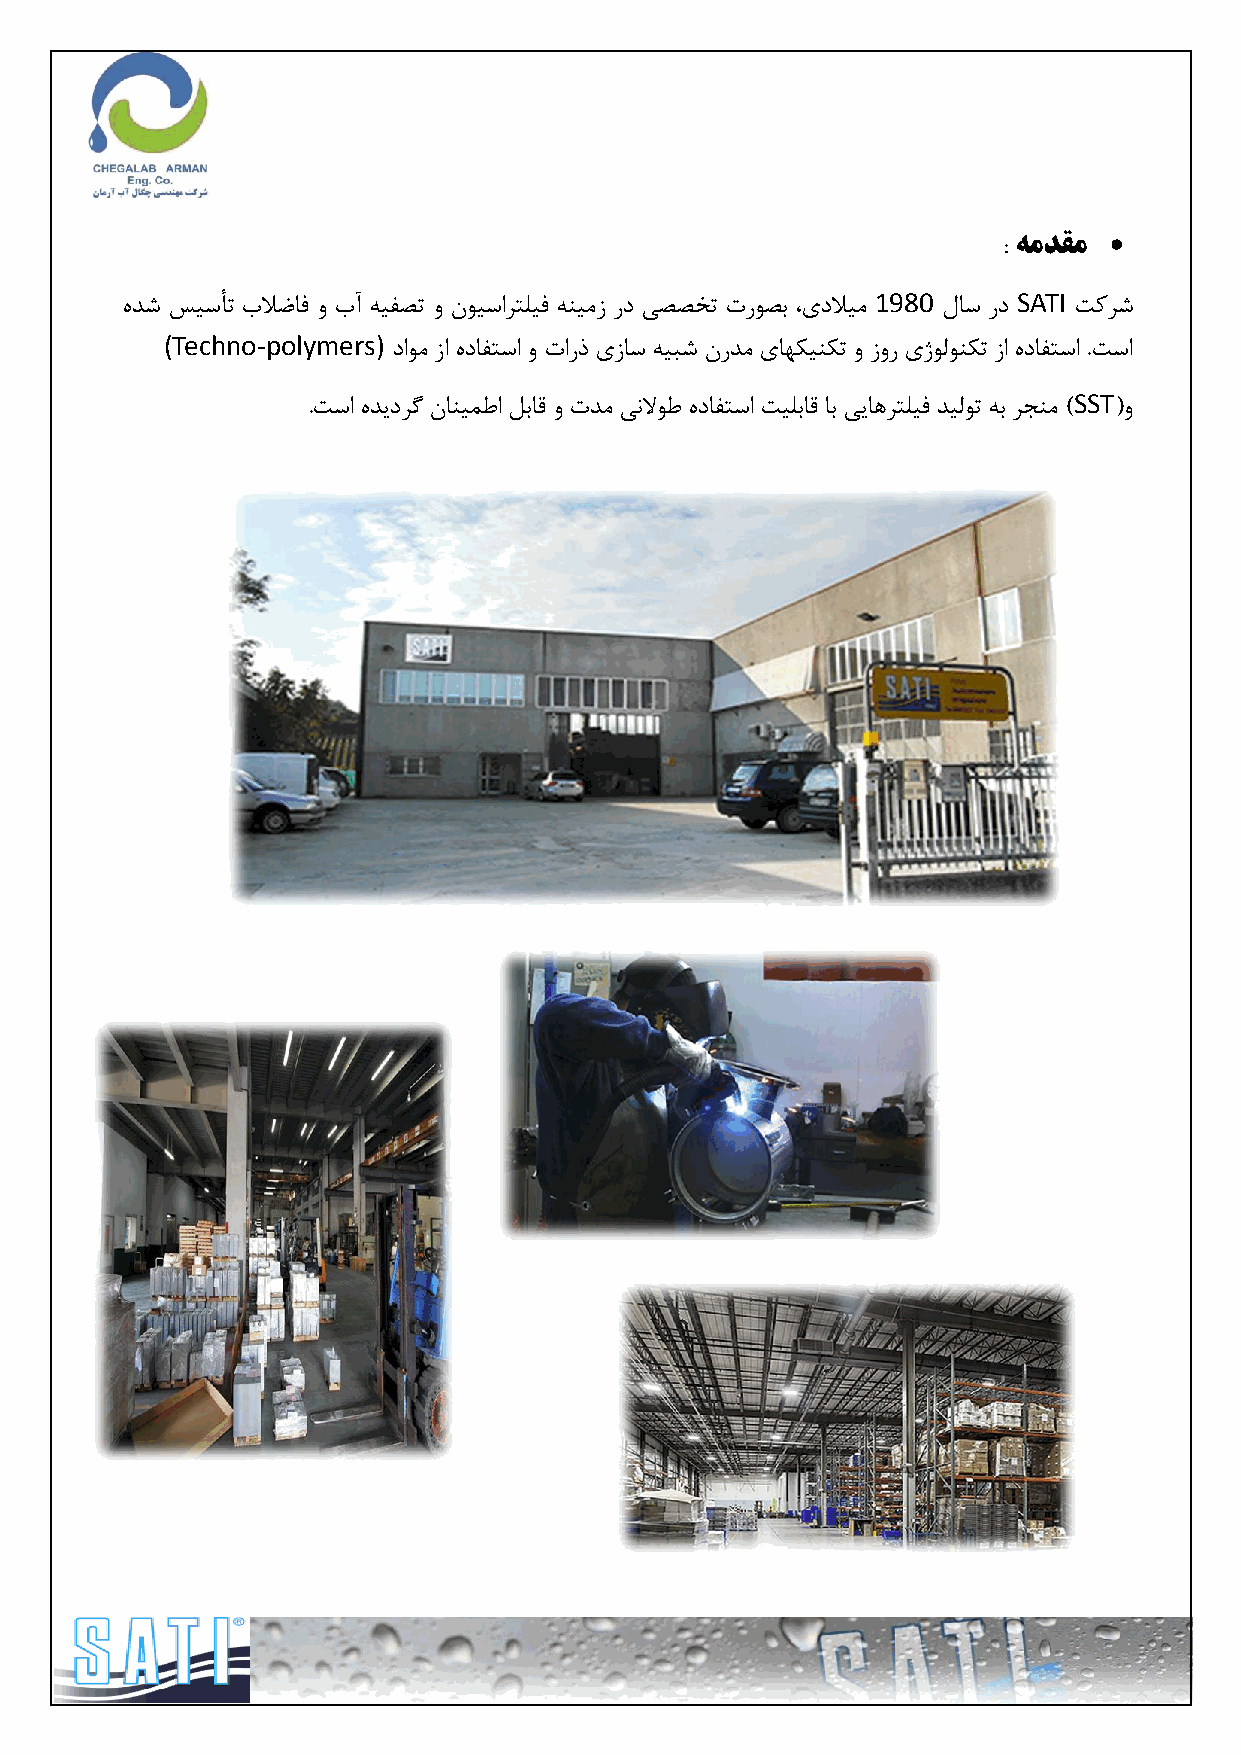

 : ٍمدقم
 ٜذض سیسأت بلاضاف ٚ بآ ٝیفصت ٚ ٖٛیساشتّیف ٝٙیٔص سد یصصخت تسٛصت ،یدلایٔ
 1980
 َاس سد
 SATI
 توشض
 (Techno-polymers)
 داٛٔ صا ٜدافتسا ٚ تاسر یصاس ٝیثض ٖسذٔ یاٟىیٙىت ٚ صٚس یطِٛٛٙىت صا ٜدافتسا .تسا
 SST
 .تسا ٜذیدشٌ ٖاٙیٕطا ُتال ٚ تذٔ ی٘لاٛط ٜدافتسا تیّتال ات ییاٞشتّیف ذیِٛت ٝت شدٙٔ ) (ٚ